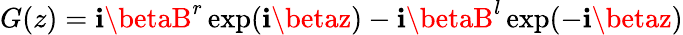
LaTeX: G(z)=\mathbf{i}\betaB^{r}\exp(\mathbf{i}\betaz)-\mathbf{i}\betaB^{l}\exp(-\mathbf{i}\betaz)